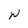
Character: W